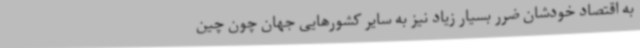
به اقتصاد خودشان ضرر بسیار زیاد نیز به سایر کشورهایی جهان چون چین